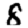
Digit: 8